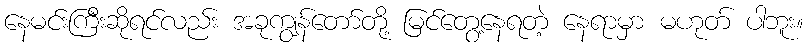
နေမင်းကြီးဆိုရင်လည်း အခုကျွန်တော်တို့ မြင်တွေ့နေရတဲ့ နေရာမှာ မဟုတ် ပါဘူး။